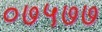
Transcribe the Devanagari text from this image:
०७५७७